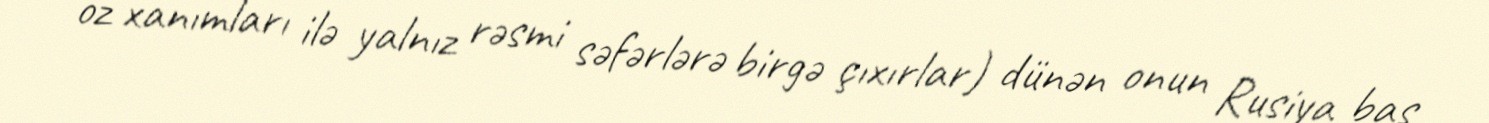
öz xanımları ilə yalnız rəsmi səfərlərə birgə çıxırlar) dünən onun Rusiya baş